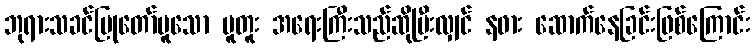
ဘုရားသခင်ပြုတော်မူသော ပူတူး အရေးကြီးသည်ဆိုပြီးလျှင် နဖား ဆောက်နေခြင်းဖြစ်ကြောင်း